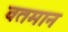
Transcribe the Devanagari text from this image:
वतमान